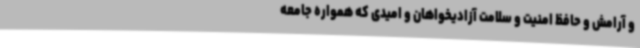
و آرامش و حافظ امنیت و سلامت آزادیخواهان و امیدی که همواره جامعه